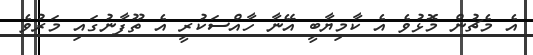
އެ މެޗުން މޮޅުވެ އެ ކާމިޔާބީ އޭނާ ހާއްސަކުރީ އެ ތޫފާނުގައި މަރުވެ